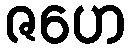
ဇဟေ